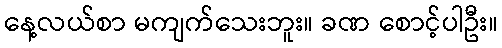
နေ့လယ်စာ မကျက်သေးဘူး။ ခဏ စောင့်ပါဦး။